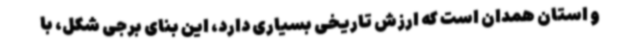
و استان همدان است که ارزش تاریخی بسیاری دارد، این بنای برجی شکل، با